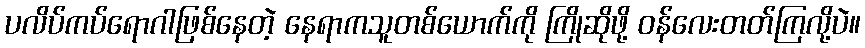
ပလိပ်ကပ်ရောဂါဖြစ်နေတဲ့ နေရာကသူတစ်ယောက်ကို ကြိုဆိုဖို့ ဝန်လေးတတ်ကြလို့ပဲ။